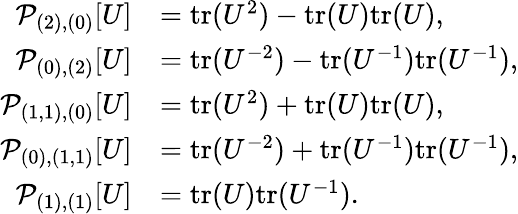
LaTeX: \begin{array}{rl}{\mathcal{P}_{(2),(0)}[U]}&{=\mathrm{tr}(U^{2})-\mathrm{tr}(U)\mathrm{tr}(U),}\\ {\mathcal{P}_{(0),(2)}[U]}&{=\mathrm{tr}(U^{-2})-\mathrm{tr}(U^{-1})\mathrm{tr}(U^{-1}),}\\ {\mathcal{P}_{(1,1),(0)}[U]}&{=\mathrm{tr}(U^{2})+\mathrm{tr}(U)\mathrm{tr}(U),}\\ {\mathcal{P}_{(0),(1,1)}[U]}&{=\mathrm{tr}(U^{-2})+\mathrm{tr}(U^{-1})\mathrm{tr}(U^{-1}),}\\ {\mathcal{P}_{(1),(1)}[U]}&{=\mathrm{tr}(U)\mathrm{tr}(U^{-1}).}\end{array}